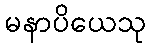
မနာပိယေသု